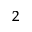
^ 2